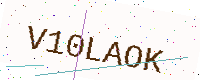
Text: V10LAOK